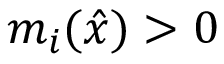
m _ { i } ( { \hat { x } } ) > 0